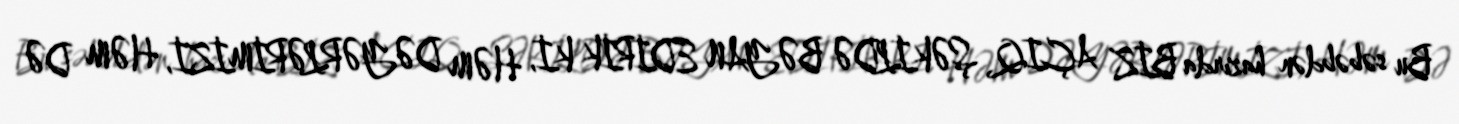
Bu səbəbdən hazırda BİZ AÇIQ ŞƏKİLDƏ BƏYAN EDİRİK Kİ, HƏM DƏYƏRLƏRİMİZİ, HƏM DƏ